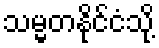
သမ္မတနိုင်ငံသို့